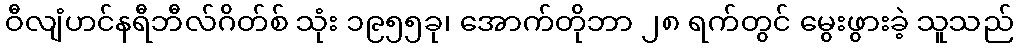
ဝီလျံဟင်နရီဘီလ်ဂိတ်စ် သုံး ၁၉၅၅ခု၊ အောက်တိုဘာ ၂၈ ရက်တွင် မွေးဖွားခဲ့ သူသည်